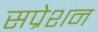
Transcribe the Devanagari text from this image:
सप्रेशन